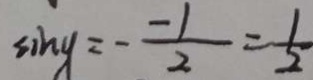
\sin y = - \frac { - 1 } { 2 } = \frac { 1 } { 2 }